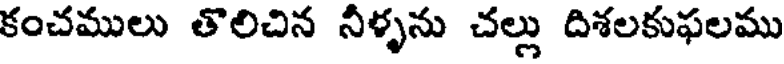
కంచములు తొలిచిన నీళ్ళను చల్లు దిశలకుఫలము